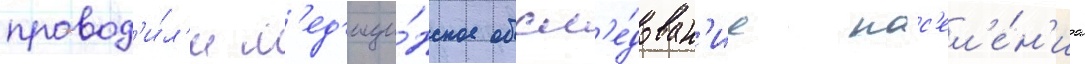
провод'и́л'и м'ед'ици́нское обсл'е́дован'ие нас'ел'е́н'иа